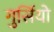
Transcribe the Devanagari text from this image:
गुर्सियो